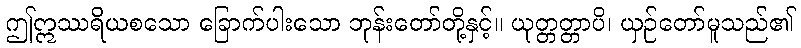
ဤဣဿရိယစသော ခြောက်ပါးသော ဘုန်းတော်တို့နှင့်။ ယုတ္တတ္တာပိ၊ ယှဉ်တော်မူသည်၏